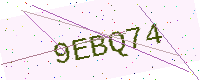
Text: 9EBQ74